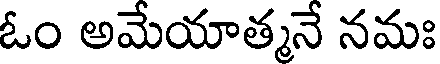
ఓం అమేయాత్మనే నమః